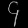
Digit: ၄